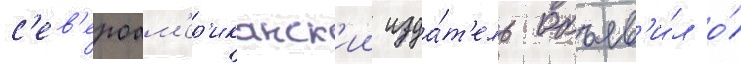
с'ев'ероам'ер'иканск'ии изда́т'ель объяв'и́л о́